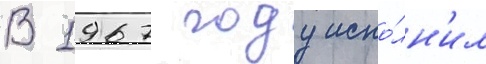
В 1967 году испо́лн'ил